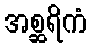
အစ္ဆရိကံ